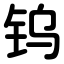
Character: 钨